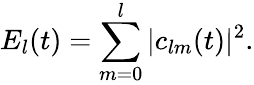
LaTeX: E_{l}(t)=\sum_{m=0}^{l}|c_{lm}(t)|^{2}.